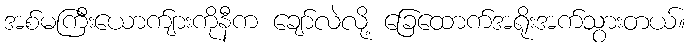
အစ်မကြီးယောက်ျားကိုနီက ချော်လဲလို့ ခြေထောက်အရိုးအက်သွားတယ်။